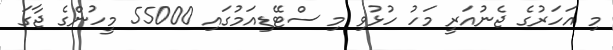
މި އަހަރުގެ ޖެނުއަރީ މަހު ހުޅުވި މި ސްޓޭޑިއަމުގައި 55000 މީހުންގެ ޖާގަ